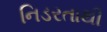
નિડરતાથી